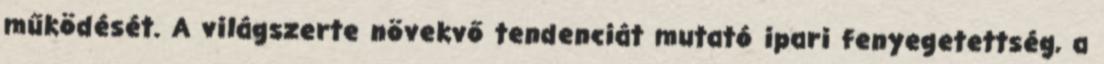
működését. A világszerte növekvő tendenciát mutató ipari fenyegetettség, a